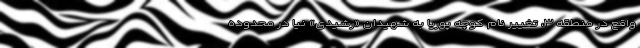
واقع در منطقه ۳، تغییر نام کوچه پوریا به شهیدان «رشیدی» نیا در محدوده